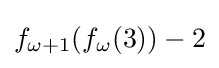
f_{\omega +1}(f_{\omega }(3))-2